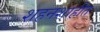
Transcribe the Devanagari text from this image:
शहनशाहीत